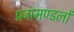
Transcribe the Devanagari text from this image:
प्रजामण्डलों